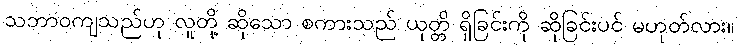
သဘာဝကျသည်ဟု လူတို့ ဆိုသော စကားသည် ယုတ္တိ ရှိခြင်းကို ဆိုခြင်းပင် မဟုတ်လား။